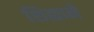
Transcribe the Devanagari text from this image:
शिळाने